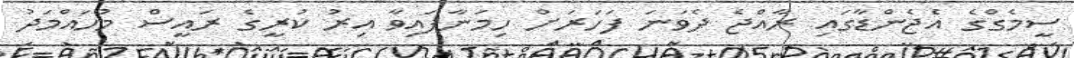
ސީމެގްގެ އެޖެންޑާގައި ރާއްޖެ ދެވަނަ ފަހަރަަށް ހިމަނާފައިވާ އިރު ކުރީގެ ރައީސް މުހައްމަދު